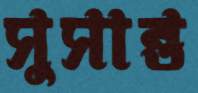
সুসান্ত